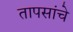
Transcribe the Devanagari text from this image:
तापसांचे